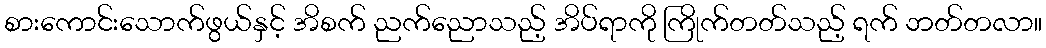
စားကောင်းသောက်ဖွယ်နှင့် အိစက် ညက်ညောသည့် အိပ်ရာကို ကြိုက်တတ်သည့် ရက် ဘတ်တလာ။